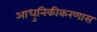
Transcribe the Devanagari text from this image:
आधुनिकीकरणास